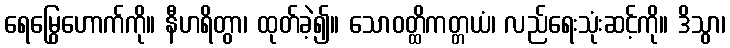
ရေမြွေဟောက်ကို။ နီဟရိတွာ၊ ထုတ်ခဲ့၍။ သောဝတ္ထိကတ္တယံ၊ လည်ရေးသုံးဆင့်ကို။ ဒိသွာ၊